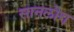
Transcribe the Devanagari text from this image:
सानलोग